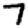
Digit: 7